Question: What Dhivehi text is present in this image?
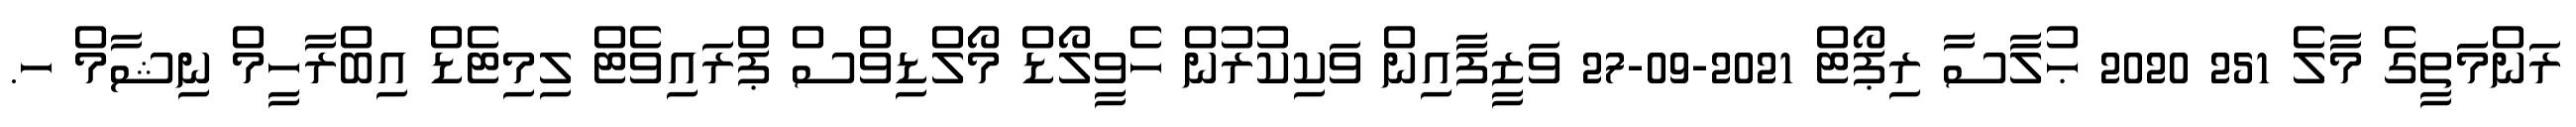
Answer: ރަންމަތީގެ މާލެ 251 2020 ޙުލާސާ ރިޕޯޓް 2021-09-27 ވަޒީފާއިން ވަކިކުރުން ހެވީލޯޑް މޯލްޑިވްސް ޕްރައިވެޓް ލިމިޓެޑް އިބްރާހީމް ނިޝާމް ހ.